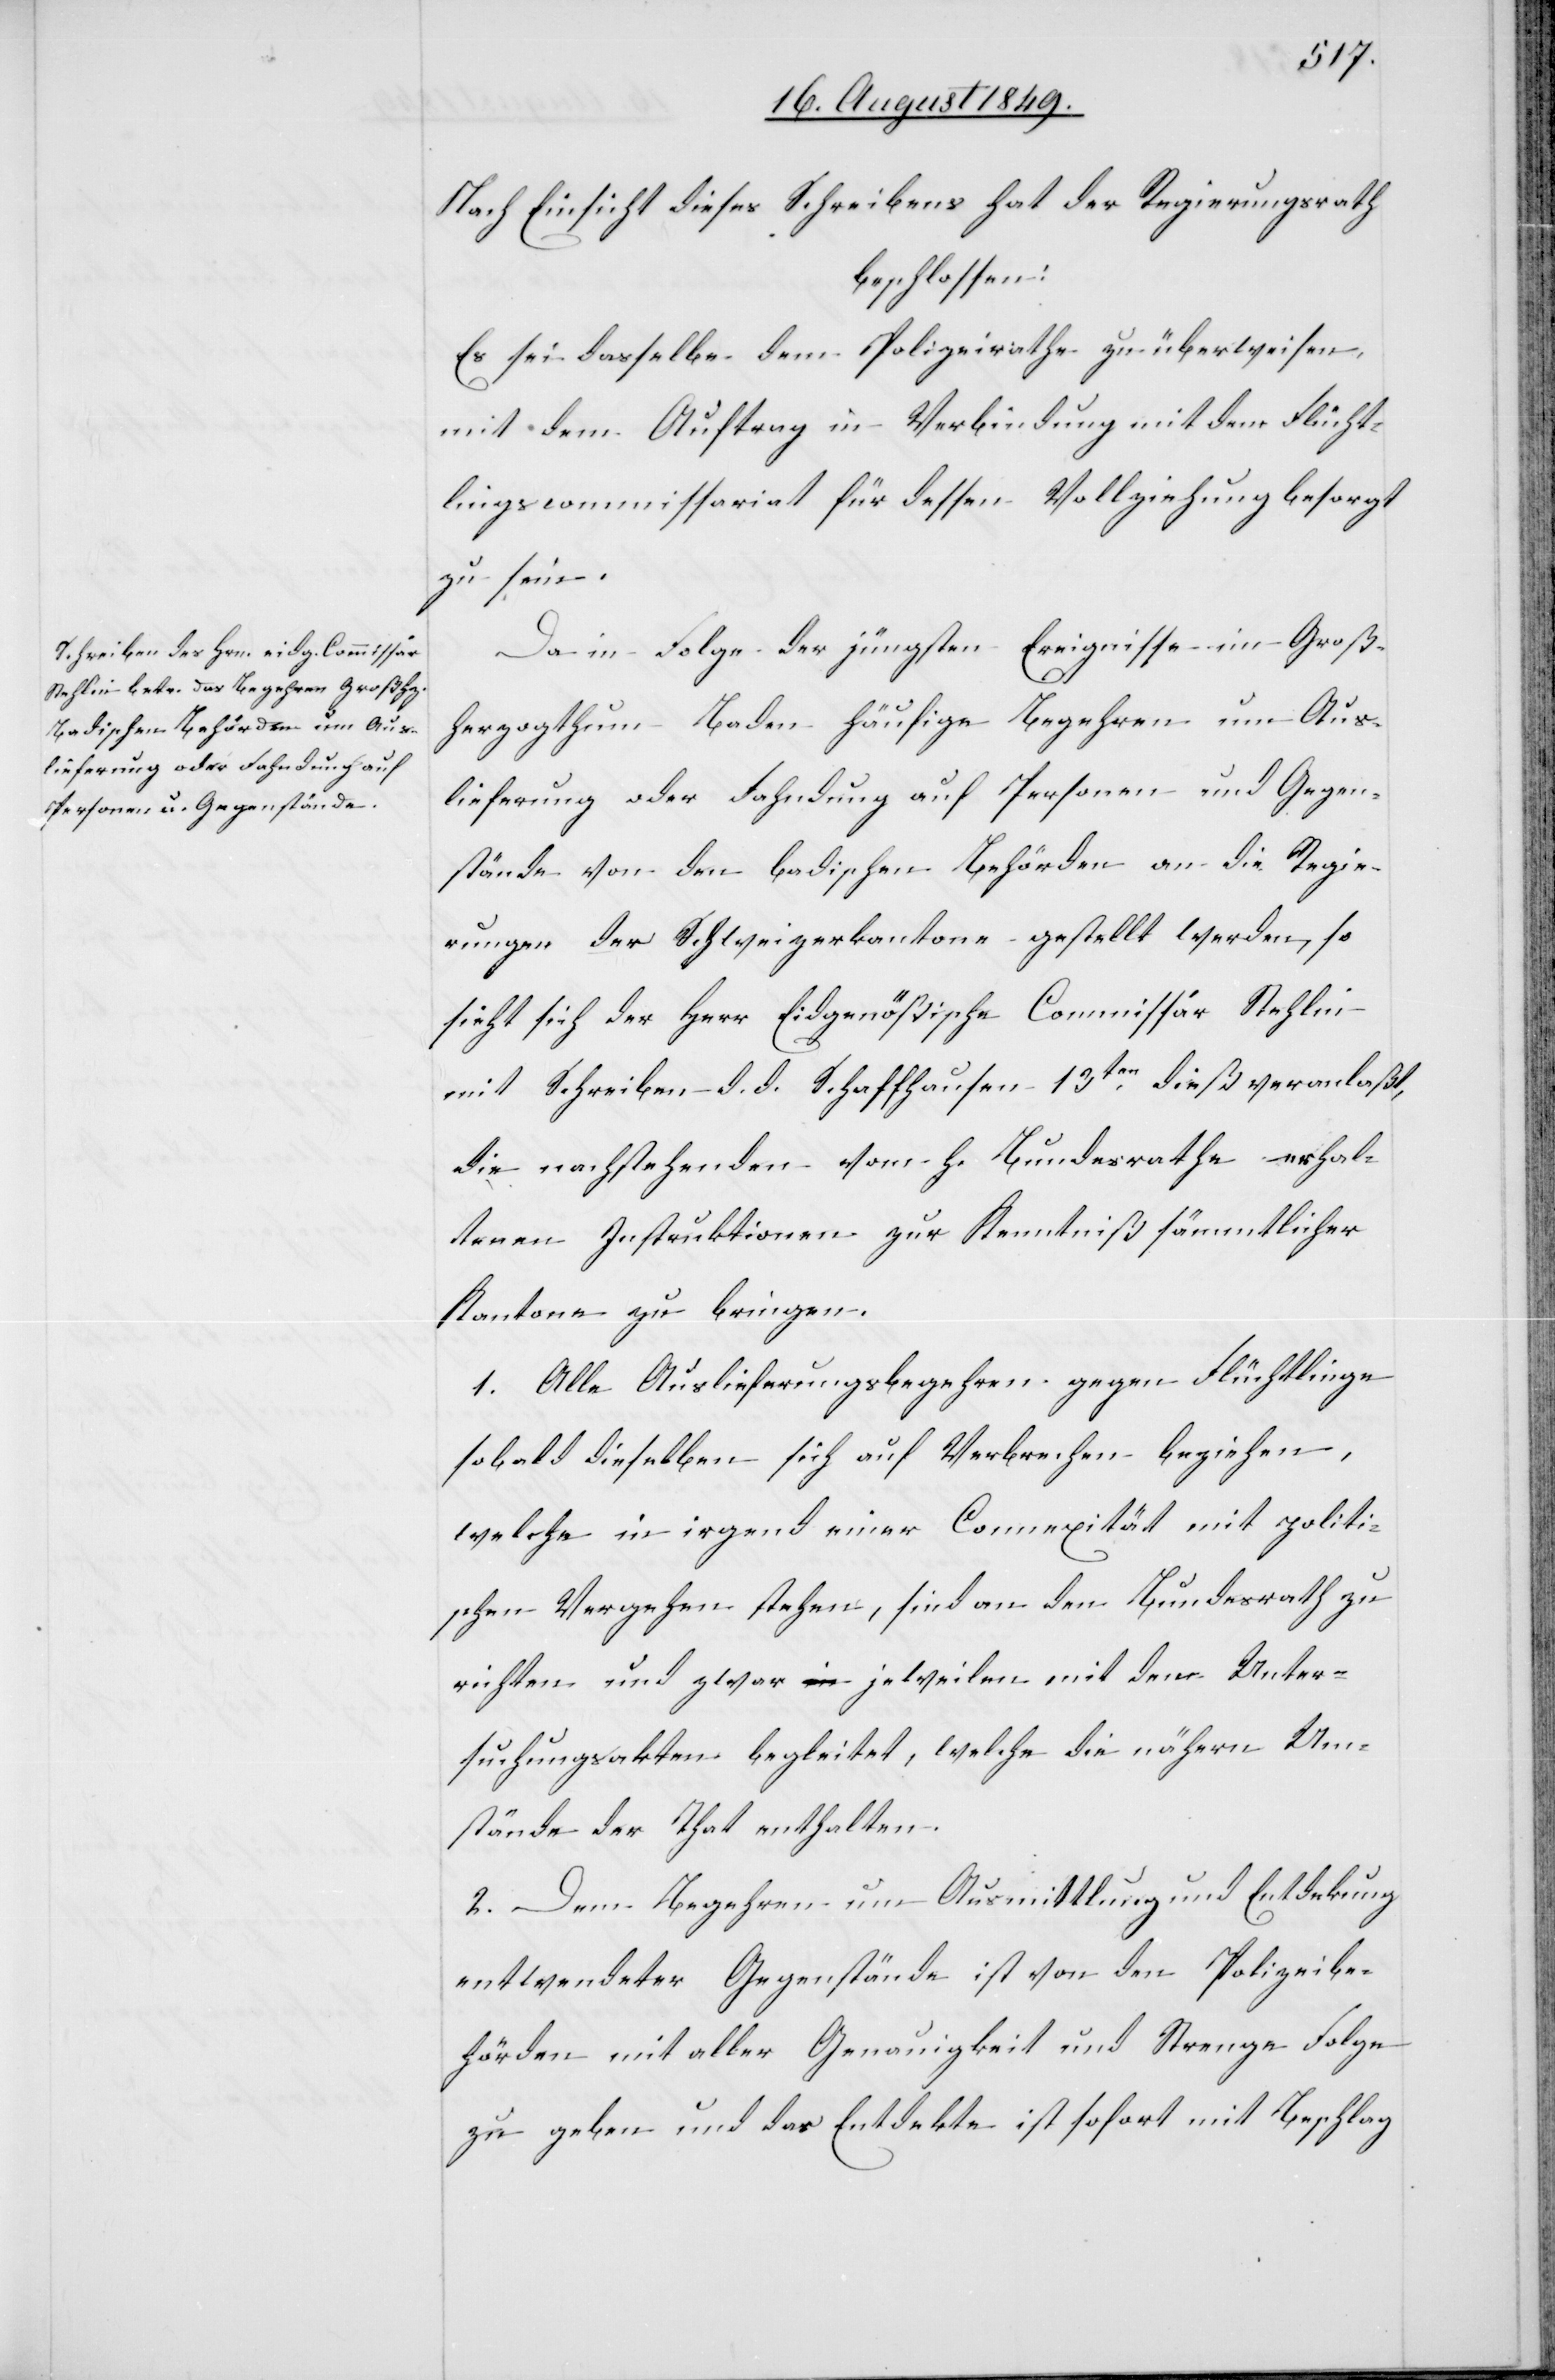
Nach Einsicht dieses Schreibens hat der Regierungsrath
beschlossen:
Es sei dasselbe dem Polizeirathe zu überweisen,
mit dem Auftrag in Verbindung mit dem Flücht¬
lingscommissariat für dessen Vollziehung besorgt
zu sein.
Da in Folge der jüngsten Ereignisse im Groß¬
herzogthum Baden häufige Begehren um Aus¬
lieferung oder Fahndung auf Personen und Gegen¬
stände von den badischen Behörden an die Regie¬
rungen der Schweizerkantone gestellt werden, so
sieht sich der Herr Eidgenößische Commissär Stehlin
mit Schreiben d. d. Schaffhausen 13ten dieß veranlaßt,
die nachstehenden vom H. Bundesrath erhal¬
tenen Instruktionen zur Kenntniß sämmtlicher
Kantone zu bringen.
1. Alle Auslieferungsbegehren gegen Flüchtlinge
sobald dieselben sich auf Verbrechen beziehen,
welche in irgend einer Connexität mit politi¬
schen Vergehen stehen, sind an den Bundesrath zu
richten und zwar jeweilen mit den Unter¬
suchungsakten begleitet, welche die nähern Um¬
stände der That enthalten.
2. Dem Begehren um Ausmittlung und Entdekung
entwendeter Gegenstände ist von den Polizeibe¬
hörden mit aller Genauigkeit und Strenge Folge
zu geben und das Entdekte ist sofort mit Beschlag